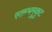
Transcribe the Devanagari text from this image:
स्तम्भमुकुट